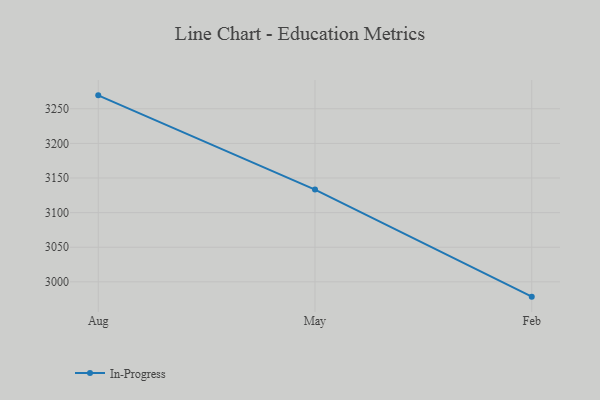
{"axis": {"x": "Month", "y": "Temperature (°C)"}, "legend": ["In-Progress"], "data": [{"x": "Aug", "y": 3269.4, "type": "In-Progress"}, {"x": "May", "y": 3133.3, "type": "In-Progress"}, {"x": "Feb", "y": 2978.6, "type": "In-Progress"}]}